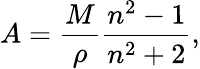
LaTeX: A={\frac{M}{\rho}}{\frac{n^{2}-1}{n^{2}+2}},